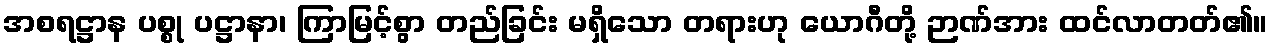
အစရဋ္ဌာန ပစ္စု ပဋ္ဌာနာ၊ ကြာမြင့်စွာ တည်ခြင်း မရှိသော တရားဟု ယောဂီတို့ ဉာဏ်အား ထင်လာတတ်၏။